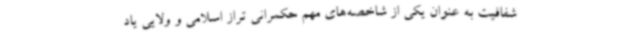
شفافیت به عنوان یکی از شاخصه‌های مهم حکمرانی تراز اسلامی و ولایی یاد